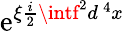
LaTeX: \mathrm{e}^{\xi\frac{{i}}{2}\intf^{2}d^{\, 4}x}